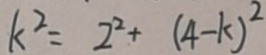
k ^ { 2 } = 2 ^ { 2 } + ( 4 - k ) ^ { 2 }